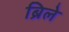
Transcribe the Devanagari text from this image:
ब्रिले